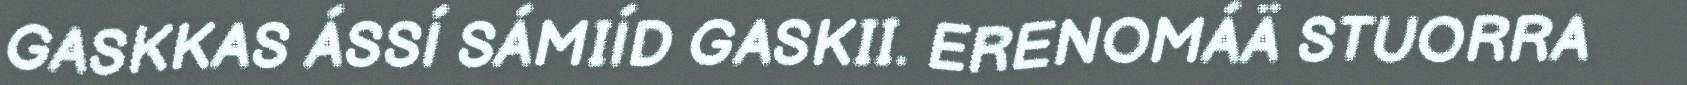
GASKKAS ÁSSÍ SÁMIÍD GASKII. ERENOMÁÄ STUORRA